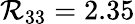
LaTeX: \mathcal{R}_{33}=2.35